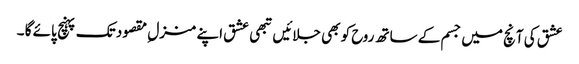
عشق کی آنچ میں جسم کے ساتھ روح کو بھی جلائیں تبھی عشق اپنے منزل ِ مقصود تک پہنچ پائے گا ۔